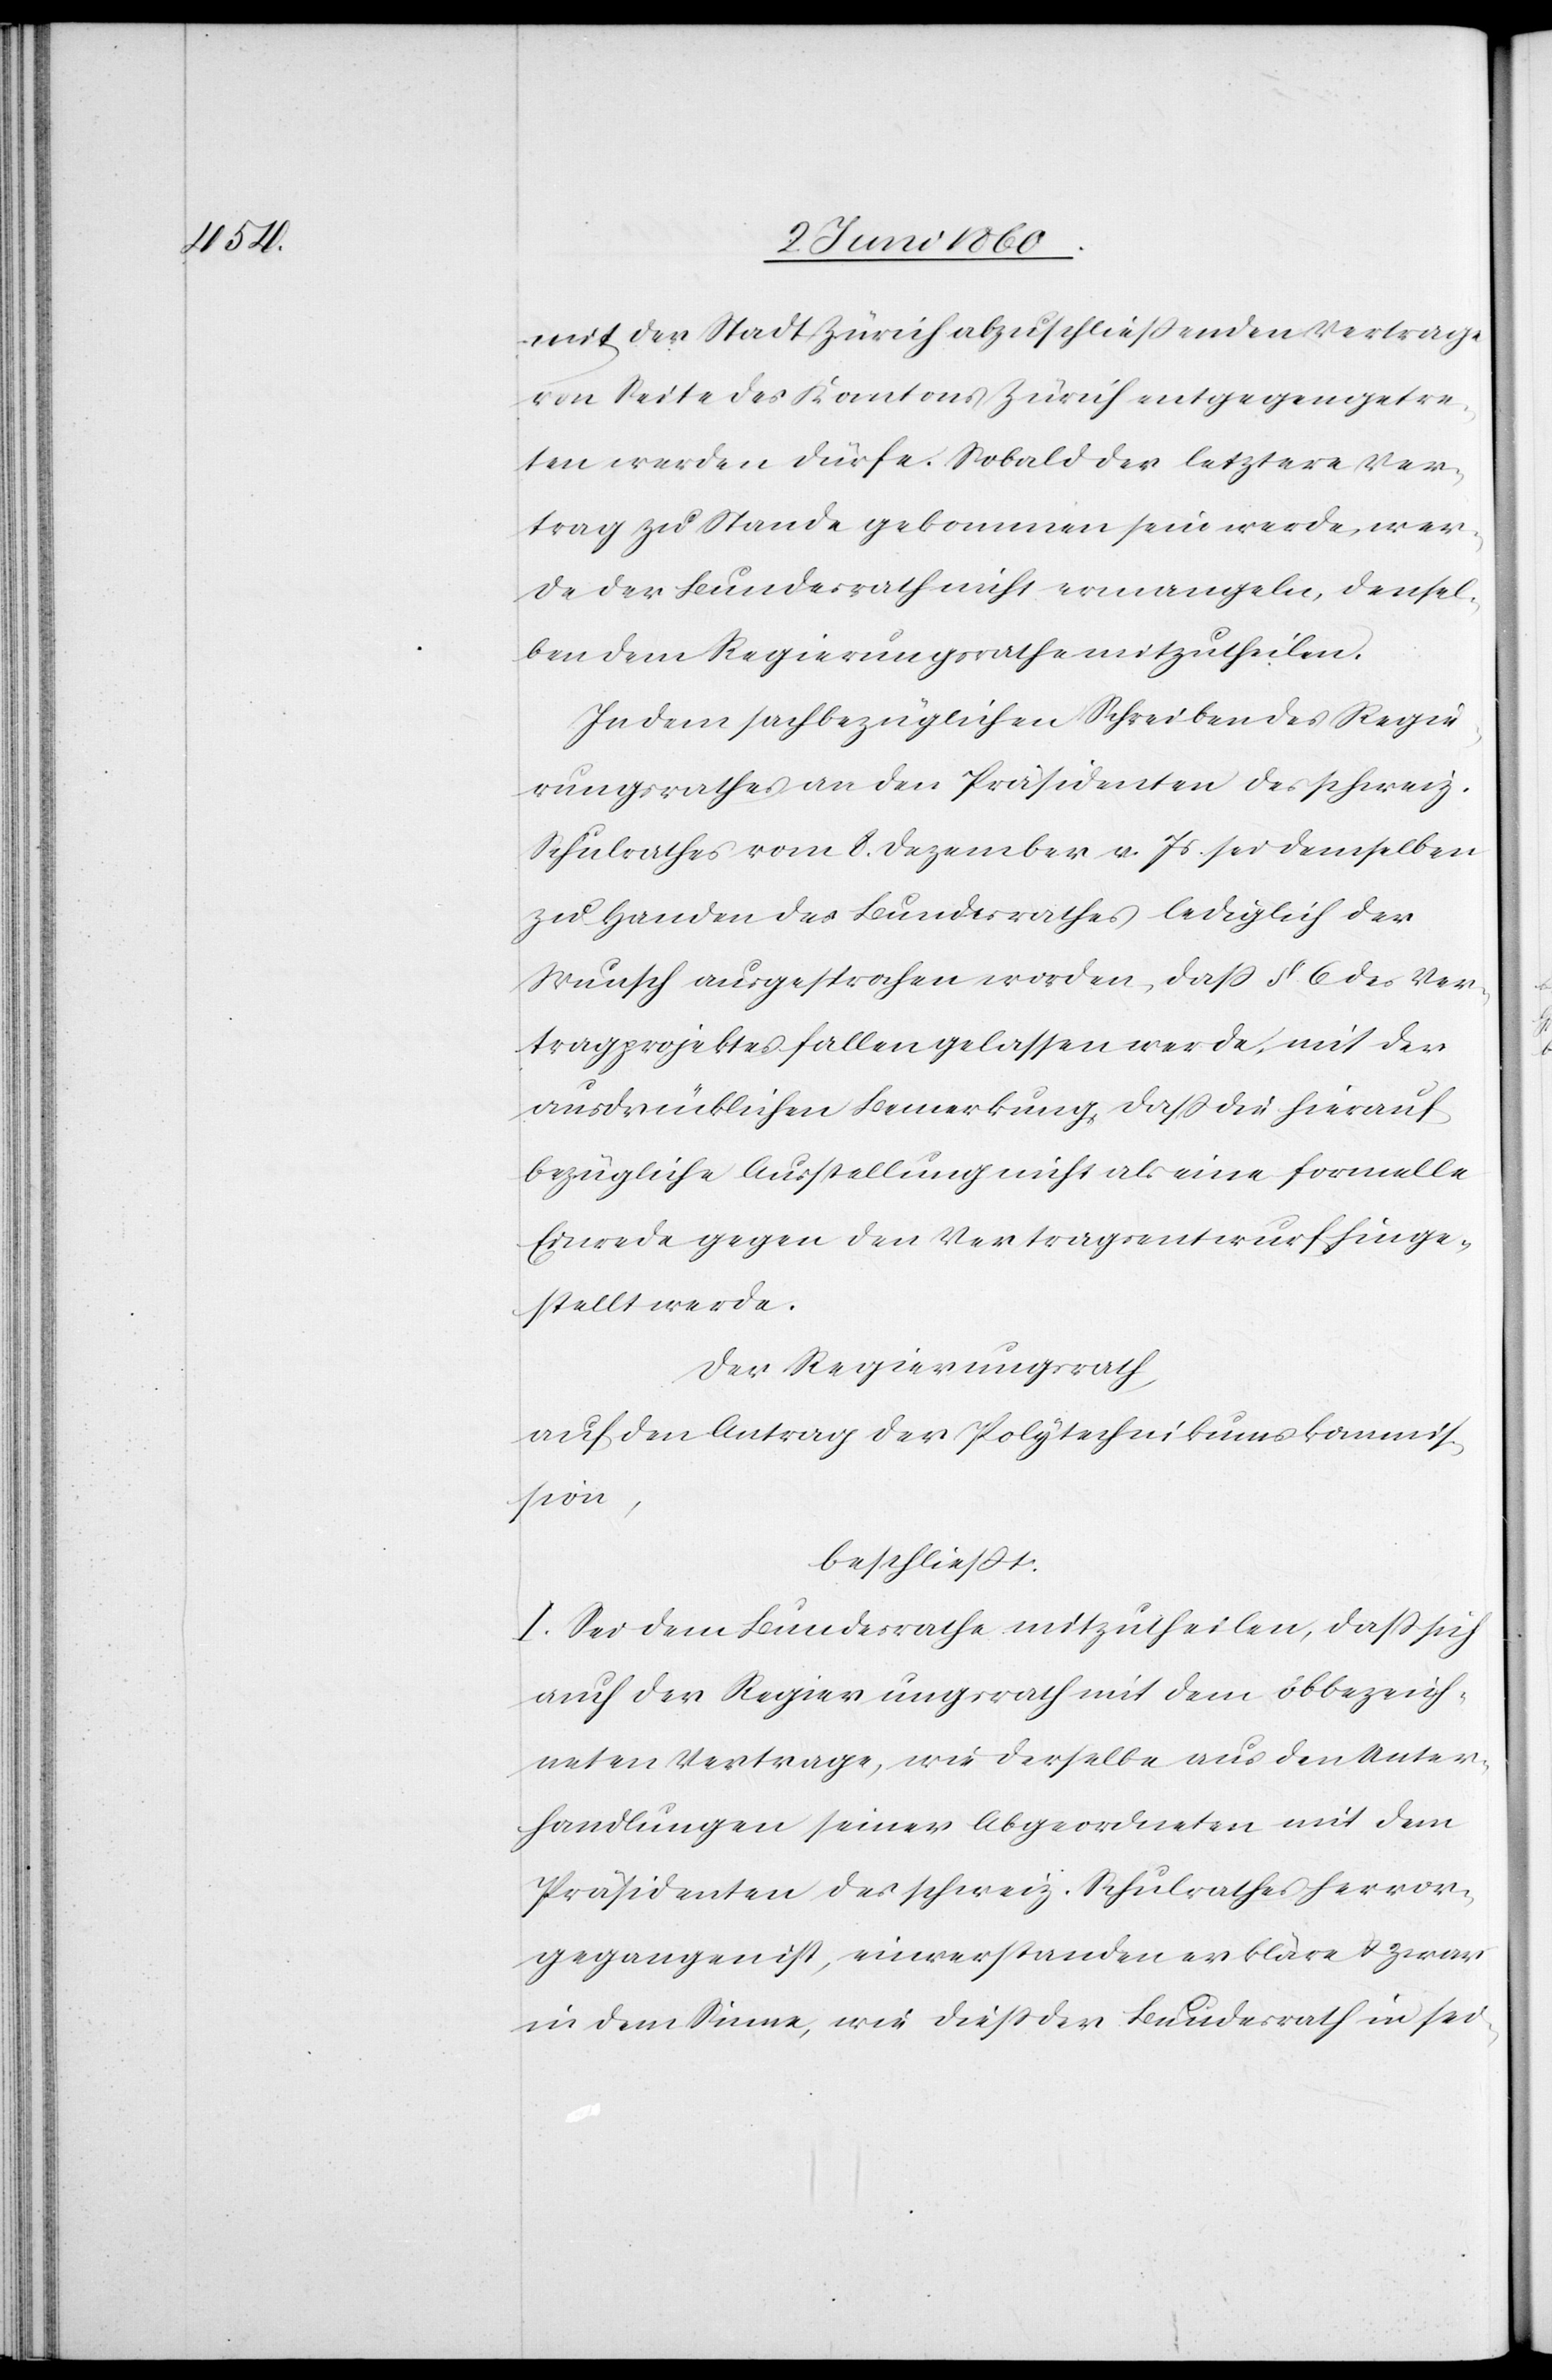
mit der Stadt Zürich abzuschliessenden Vertrage
von Seite des Kantons Zürich entgegengetre¬
ten werden dürfe. Sobald der letztere Ver¬
trag zu Stande gekommen sein werde, wer¬
de der Bundesrath nicht ermangeln, densel¬
ben dem Regierungsrathe mitzutheilen.
In dem sachbezüglichen Schreiben des Regie¬
rungsrathes an den Präsidenten des schweiz.
Schulrathes vom 8. Dezember v. Js. sei demselben
zu Handen des Bundesrathes lediglich der
Wunsch ausgesprochen worden, dass §. 6. des Ver¬
tragsprojektes fallen gelassen werde, mit der
ausdrücklichen Bemerkung, dass die hierauf
bezügliche Ausstellung nicht als eine formelle
Einrede gegen den Vertragsentwurf hinge¬
stellt werde.
Der Regierungsrath,
auf den Antrag der Polytechnikumskommis¬
sion,
beschliesst.
I. Sei dem Bundesrathe mitzutheilen, dass sich
auch der Regierungsrath mit dem obbezeich¬
neten Vertrage, wie derselbe aus den Unter¬
handlungen seiner Abgeordneten mit dem
Präsidenten des schweiz. Schulrathes hervor¬
gegangen ist, einverstanden erkläre, u. zwar
in dem Sinne, wie diess der Bundesrath in sei-